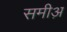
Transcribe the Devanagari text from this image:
समीअ़